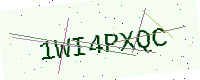
Text: 1WI4PXQC